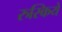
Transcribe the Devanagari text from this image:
रुस्किये